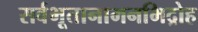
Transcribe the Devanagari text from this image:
सर्वभूतानामनभिद्रोह